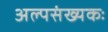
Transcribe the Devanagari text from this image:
अल्पसंख्यकः